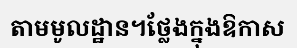
តាមមូលដ្ឋាន។ថ្លែងក្នុងឱកាស